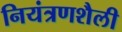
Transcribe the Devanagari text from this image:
नियंत्रणशैली